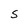
Character: S